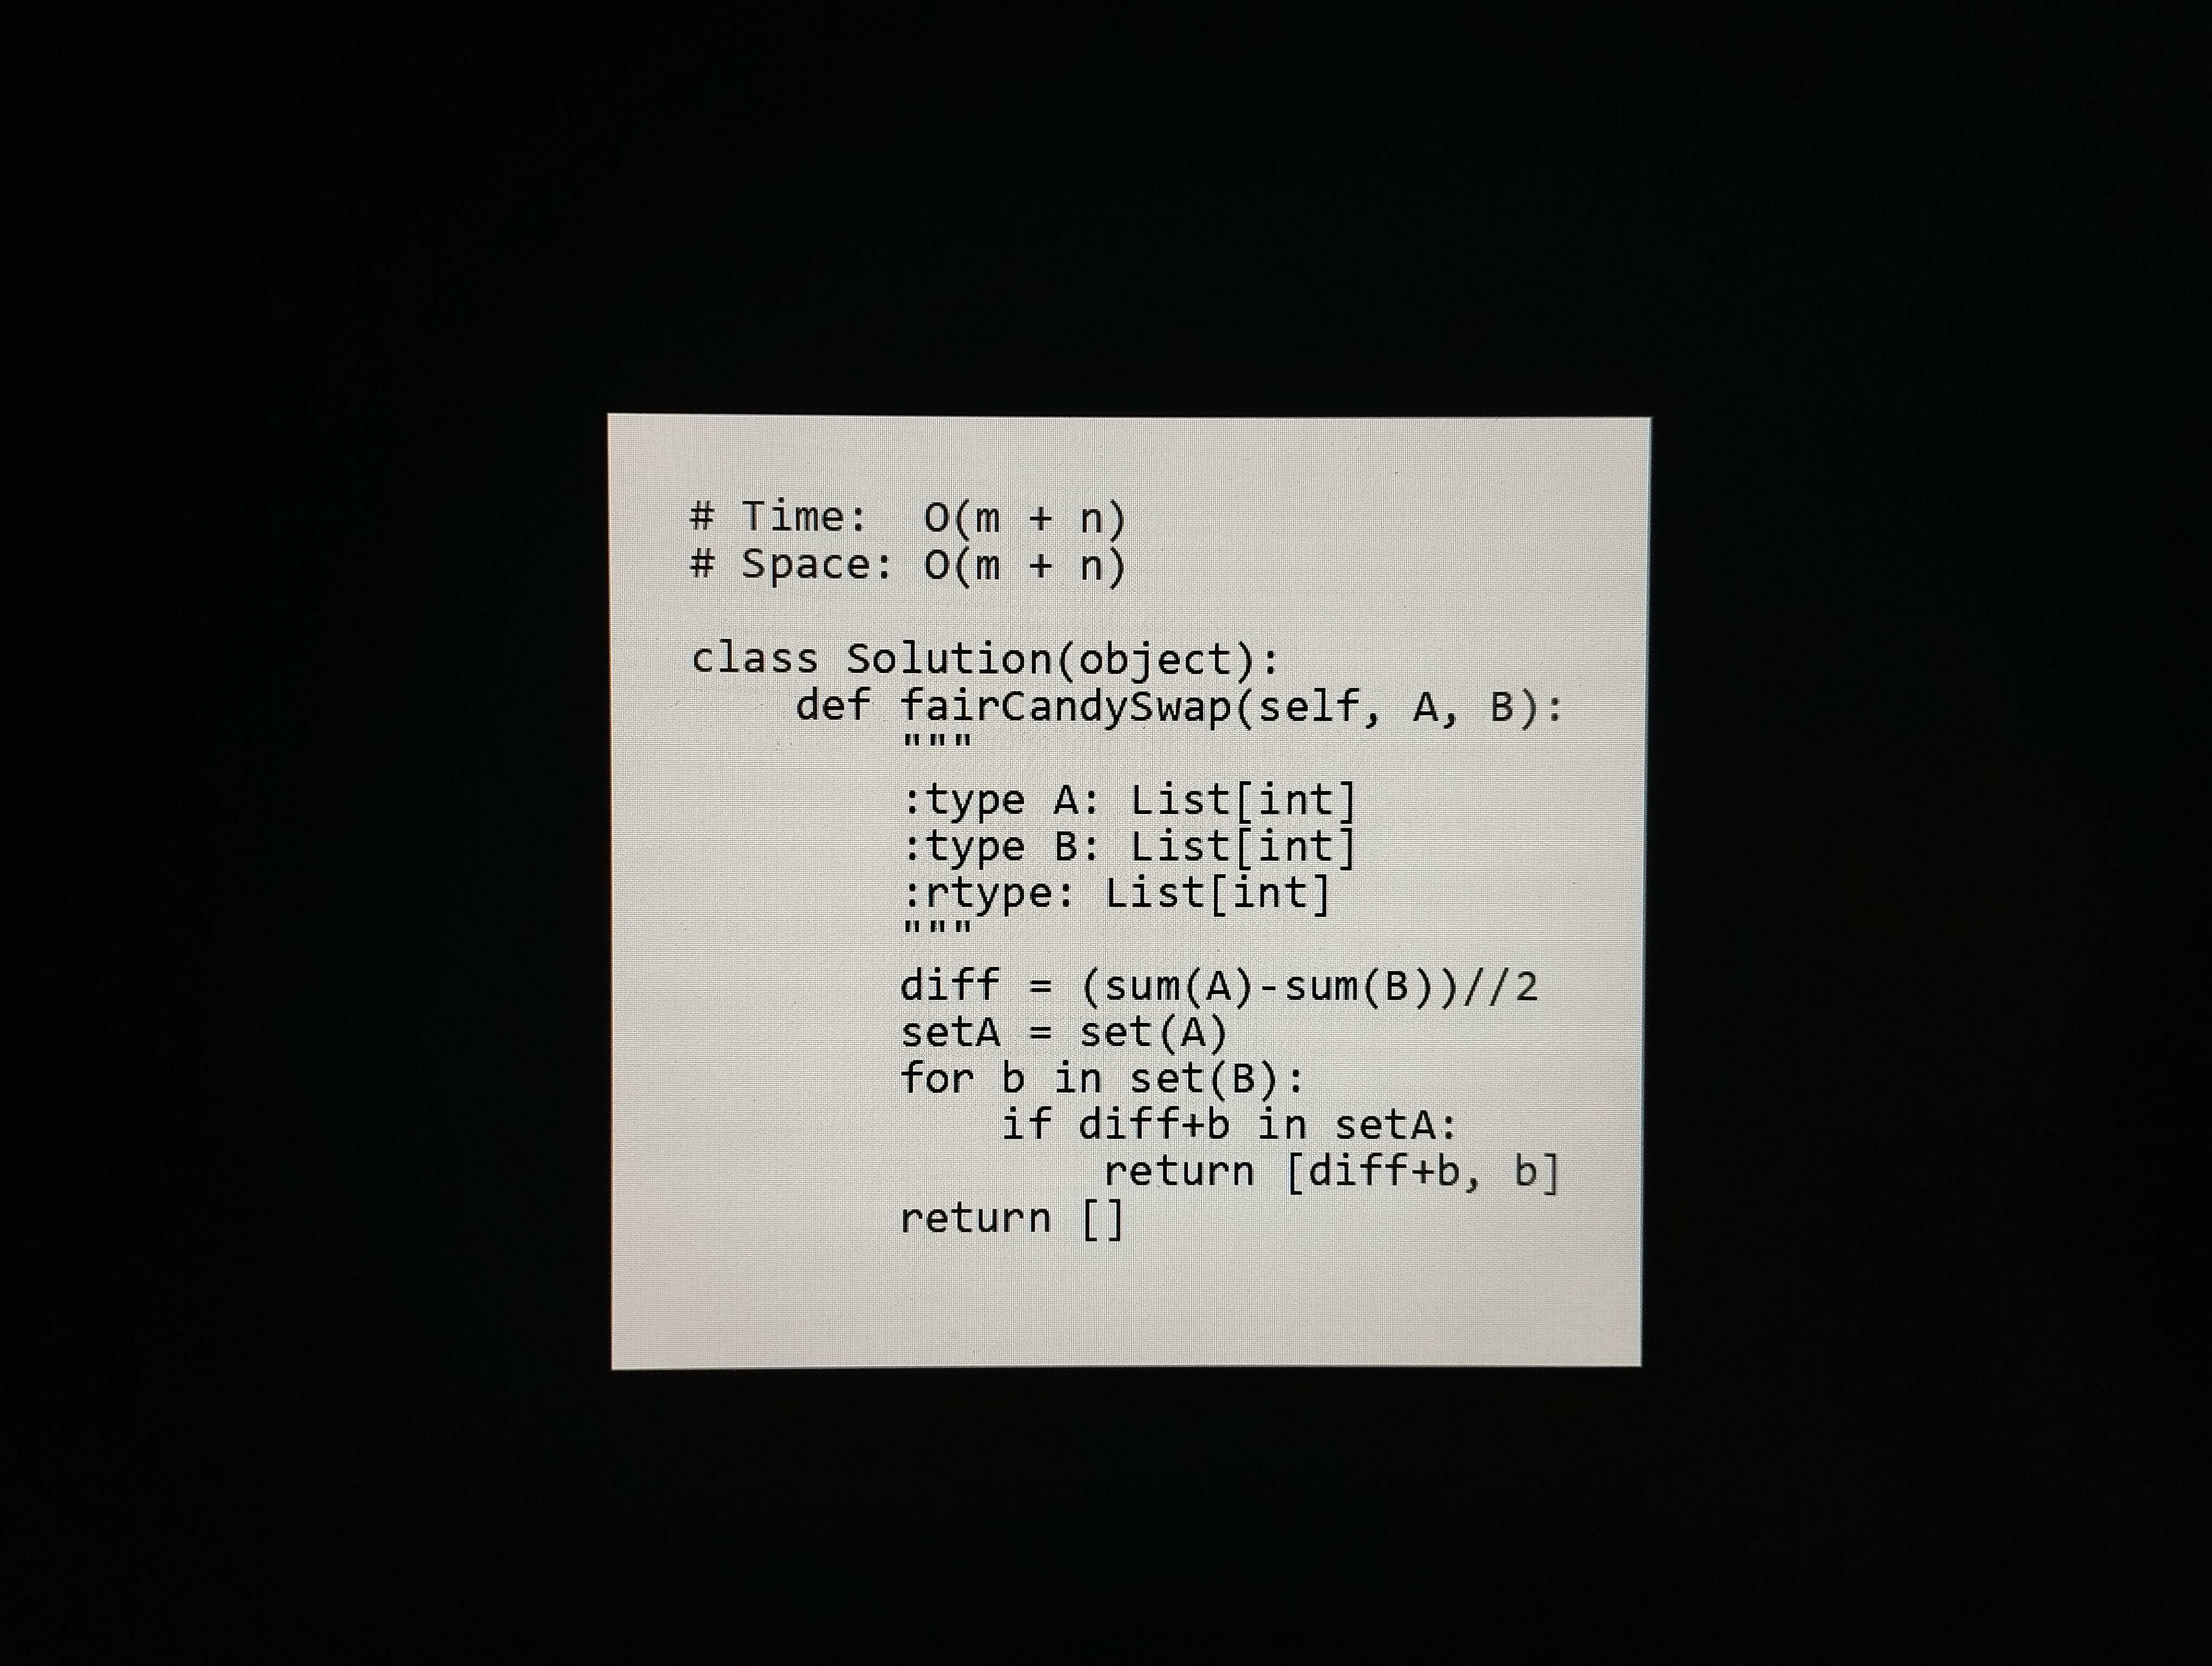
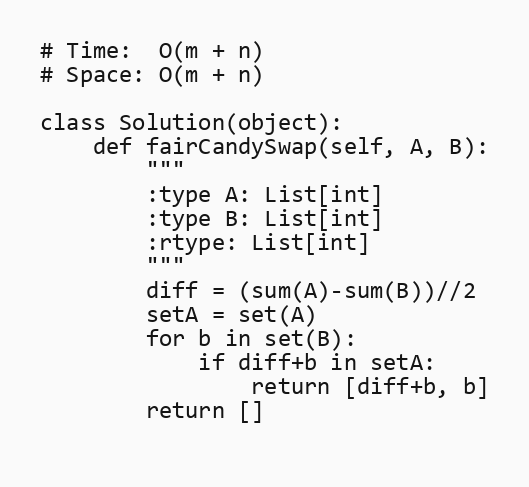
# Time:  O(m + n)
# Space: O(m + n)

class Solution(object):
    def fairCandySwap(self, A, B):
        """
        :type A: List[int]
        :type B: List[int]
        :rtype: List[int]
        """
        diff = (sum(A)-sum(B))//2
        setA = set(A)
        for b in set(B):
            if diff+b in setA:
                return [diff+b, b]
        return []